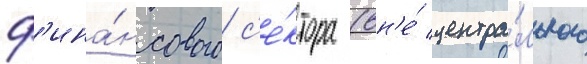
ф'ина́нсового с'е́ктора (вн'е́ центра́льного